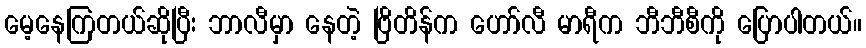
မေ့နေကြတယ်ဆိုပြီး ဘာလီမှာ နေတဲ့ ဗြိတိန်က ဟော်လီ မာရီက ဘီဘီစီကို ပြောပါတယ်။